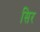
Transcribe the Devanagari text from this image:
सिर